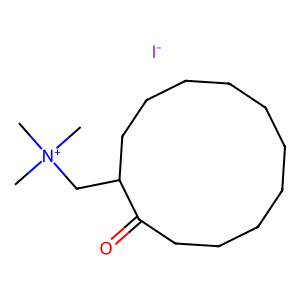
SMILES: C[N+](C)(C)CC1CCCCCCCCCCC1=O.[I-]
Inhibits HIV replication: No